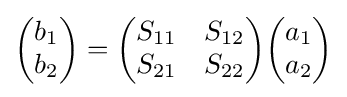
{\begin{pmatrix}b_{1}\\b_{2}\end{pmatrix}}={\begin{pmatrix}S_{11}&S_{12}\\S_{21}&S_{22}\end{pmatrix}}{\begin{pmatrix}a_{1}\\a_{2}\end{pmatrix}}